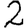
Digit: 2